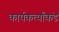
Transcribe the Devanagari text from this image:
कार्यकर्त्यांकडे